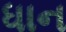
ધાન